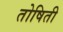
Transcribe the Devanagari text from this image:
तोषिती